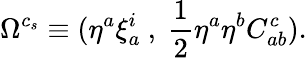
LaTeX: \Omega^{c_{s}}\equiv(\eta^{a}\xi_{a}^{i}~,~{\frac{1}{2}}\eta^{a}\eta^{b}C_{ab}^{c}).